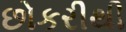
છોકરીથી